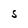
Character: S